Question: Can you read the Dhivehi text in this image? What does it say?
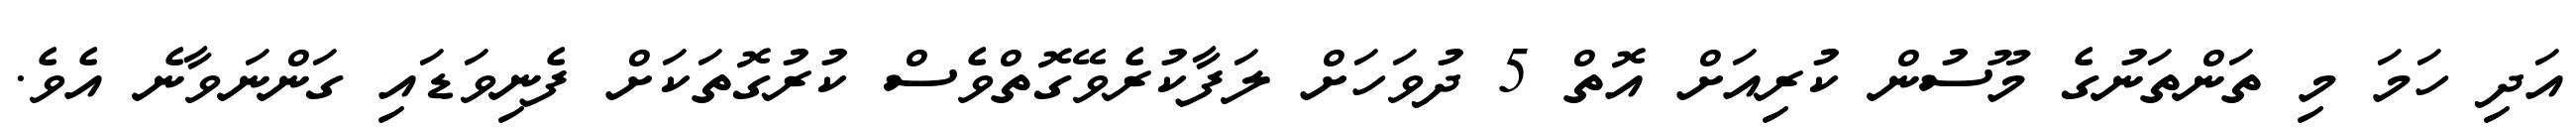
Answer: އަދި ހަމަ މި ތަންތަނުގެ މޫސުން ކުރިއަށް އޮތް 5 ދުވަހަށް ލަފާކުރެވޭގޮތްވެސް ކުރުގޮތަކަށް ފެނިވަޑައި ގަންނަވާނެ އެވެ.